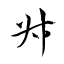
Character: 叔